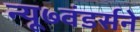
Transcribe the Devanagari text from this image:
न्यू७वंडर्सने